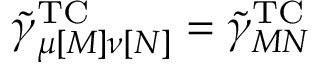
\tilde { \gamma } _ { \mu [ M ] \nu [ N ] } ^ { \mathrm { T C } } = \tilde { \gamma } _ { M N } ^ { \mathrm { T C } }